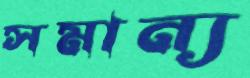
সমান্য